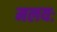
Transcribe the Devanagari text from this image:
मलयः